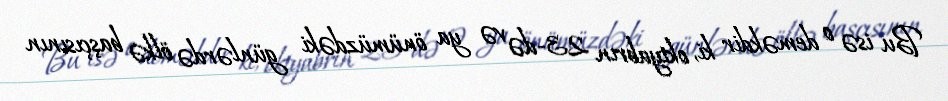
Bu isə o deməkdir ki, oktyabrın 23-də və ya önümüzdəki günlərdə ölkə başçısının